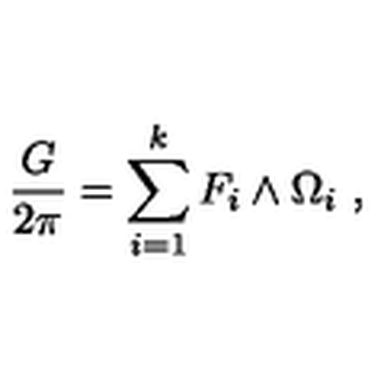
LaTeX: { \frac { G } { 2 \pi } } = \sum _ { i = 1 } ^ { k } F _ { i } \wedge \Omega _ { i } \ ,